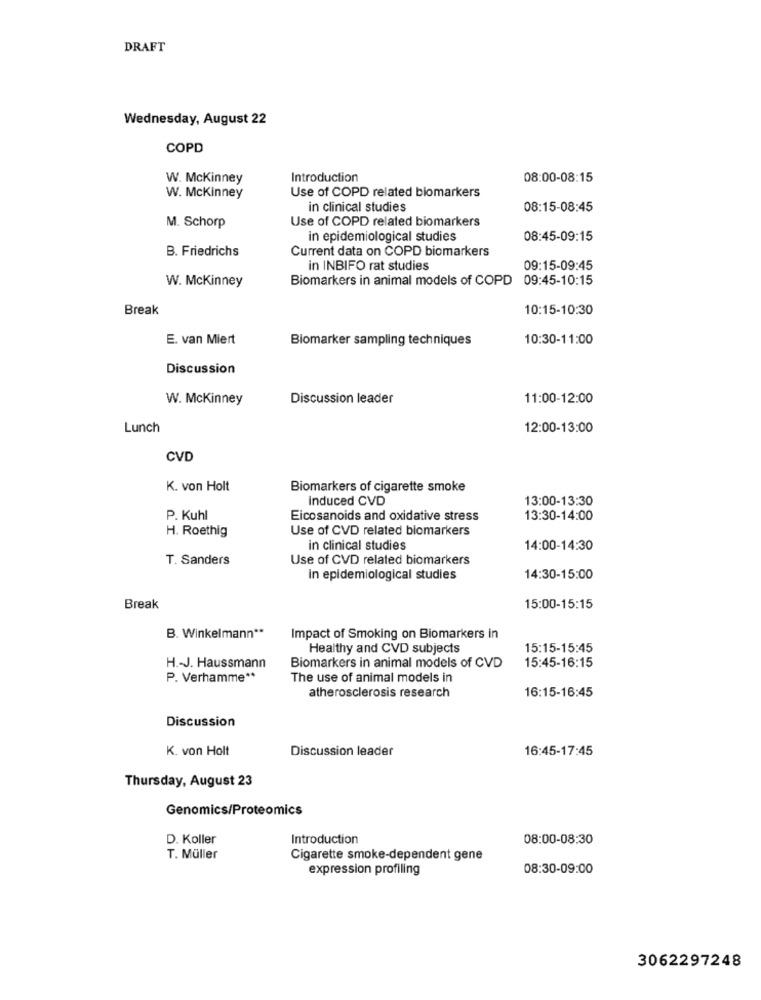
DRAFT
Wednesday, August 22
COPD
W. Mckinney
Introduction
08:00-08:15
Use of COPD related biomarkers
W. Mckinney
in clinical studies
08:15-08:45
Use of COPD related biomarkers
M. Schorp
in epidemiological studies
08:45-09:15
B. Friedrichs
Current data on COPD biomarkers
in INBIFO rat studies
09:15-09:45
W. Mckinney
Biomarkers in animal models of COPD
09:45-10:15
Break
10:15-10:30
E. van Miert
Biomarker sampling techniques
10:30-11:00
Discussion
W. Mckinney
Discussion leader
11:00-12:00
Lunch
12:00-13:00
CVD
K. von Holt
Biomarkers of cigarette smoke
Induced CVD
13:00-13:30
P. Kuhl
Eicosanoids and oxidative stress
13:30-14:00
H. Roethig
Use of CVD related biomarkers
in clinical studies
14:00-14:30
T. Sanders
Use of CVD related biomarkers
In epidemiological studies
14:30-15:00
Break
15:00-15:15
B. Winkelmann **
Impact of Smoking on Biomarkers in
Healthy and CVD subjects
15:15-15:45
15:45-16:15
H .- J. Haussmann
Biomarkers in animal models of CVD
P. Verhamme **
The use of animal models in
16:15-16:45
atherosclerosis research
Discussion
K. von Holt
Discussion leader
16:45-17:45
Thursday, August 23
Genomics/Proteomics
D. Koller
Introduction
08:00-08:30
T. Müller
Cigarette smoke-dependent gene
expression profiling
08:30-09:00
3062297248